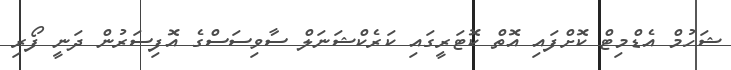
ޝަހުމް އެޑްމިޓް ކޮށްފައި އޮތް ކޮޓަރީގައި ކަރެކްޝަނަލް ސާވިސަސްގެ އޮފިސަރުން ދަނީ ފޯރި